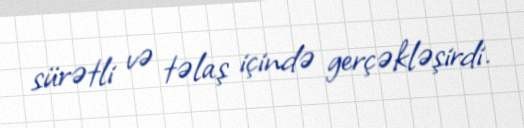
sürətli və təlaş içində gerçəkləşirdi.